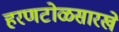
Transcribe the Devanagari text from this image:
हरणटोळसारखे